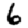
Digit: 6